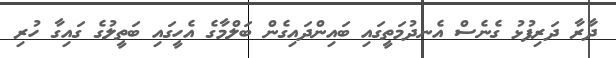
ދާރާ ދަރިފުޅު ގެނެސް އެނދުމަތީގައި ބައިންދައިގެން ބަލްމާގެ އެހީގައި ބަތީލުގެ ގައިގާ ހުރި